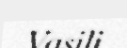
Vasili